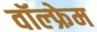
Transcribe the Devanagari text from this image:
वॉल्फ्रेम